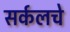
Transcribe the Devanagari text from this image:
सर्कलचे